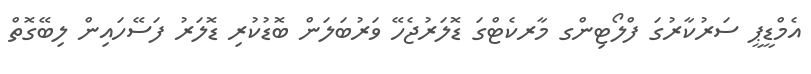
އެމްޑީޕީ ސަރުކާރުގަ ފްލޯޓިންގ މާރކެޓްގަ ޑޮލަރުޖެހޭ ވަރުބަލަން ބޮޑުކުރި ޑޮލަރު ފަސޭހައިން ލިބޭގޮތް